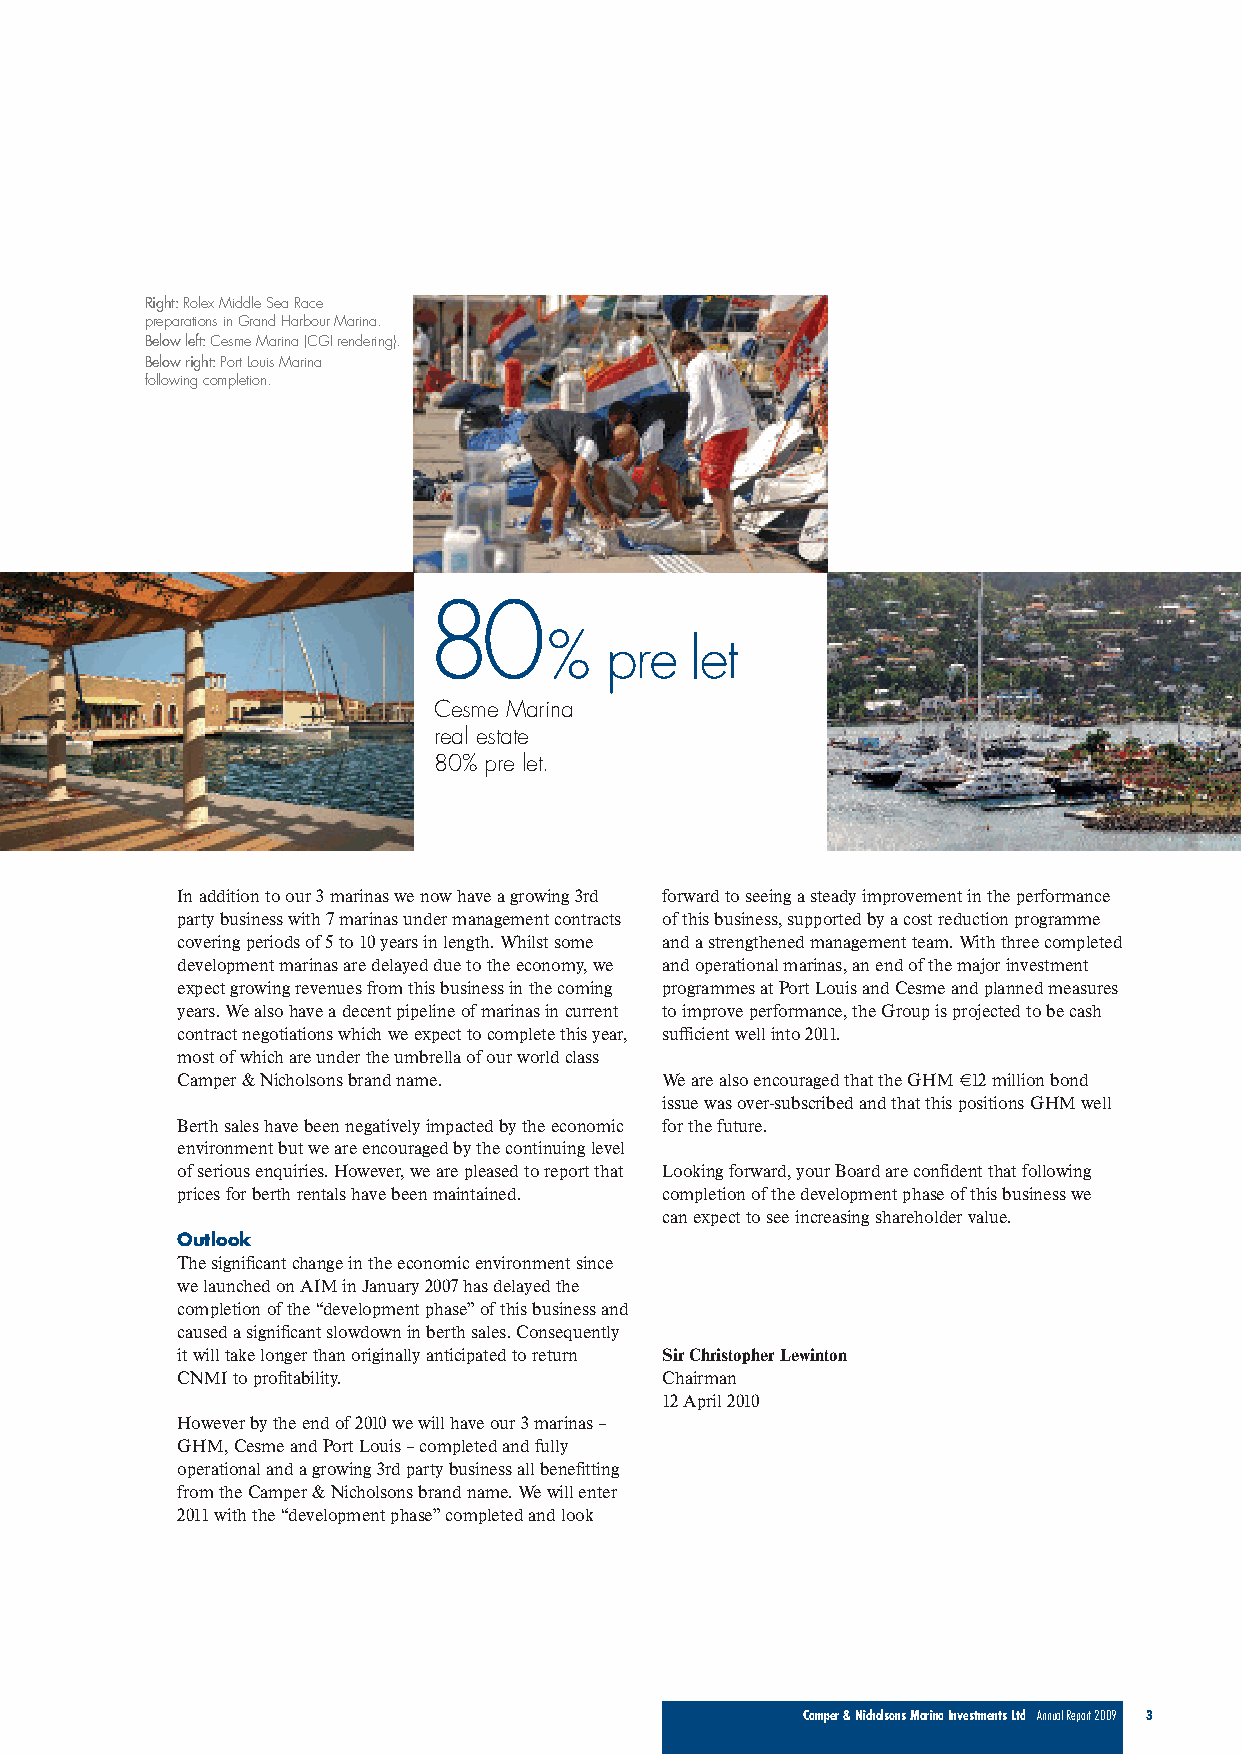
Right:Rolex Middle Sea Race
 preparations in Grand Harbour Marina.
 Below left: Cesme Marina (CGI rendering).
 Below right: Port Louis Marina
 following completion.
 80
 %   pre   let
 Cesme Marina
 real estate
 80% pre let.
 In addition to our 3 marinas we now have a growing 3rd forward to seeing a steady improvement in the performance
 party business with 7 marinas under management contracts of this business, supported by a cost reduction programme
 covering periods of 5 to 10 years in length. Whilst some and a strengthened management team. With three completed
 development marinas are delayed due to the economy, we and operational marinas, an end of the major investment
 expect growing revenues from this business in the coming programmes at Port Louis and Cesme and planned measures
 years. We also have a decent pipeline of marinas in current to improve performance, the Group is projected to be cash
 contract negotiations which we expect to complete this year, sufficient well into 2011.
 most of which are under the umbrella of our world class
 Camper & Nicholsons brand name. We are also encouraged that the GHM €12 million bond
 issue was over-subscribed and that this positions GHM well
 Berth sales have been negatively impacted by the economic for the future.
 environment but we are encouraged by the continuing level
 of serious enquiries. However, we are pleased to report that Looking forward, your Board are confident that following
 prices for berth rentals have been maintained. completion of the development phase of this business we
 can expect to see increasing shareholder value.
 Outlook
 The significant change in the economic environment since
 we launched on AIM in January 2007 has delayed the
 completion of the “development phase” of this business and
 caused a significant slowdown in berth sales. Consequently
 it will take longer than originally anticipated to return Sir Christopher Lewinton
 CNMI to profitability.          Chairman
 12 April 2010
 However by the end of 2010 we will have our 3 marinas –
 GHM, Cesme and Port Louis –completed and fully
 operational and a growing 3rd party business all benefitting
 from the Camper & Nicholsons brand name. We will enter
 2011 with the “development phase” completed and look
 Camper & Nicholsons Marina Investments Ltd Annual Report 2009 3